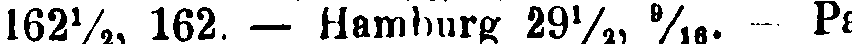
162%, 162. — Hamburg 29½ # - Pa